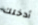
أدخلك